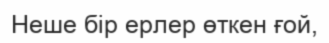
Неше бір ерлер өткен ғой,